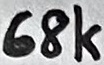
Text: 68K